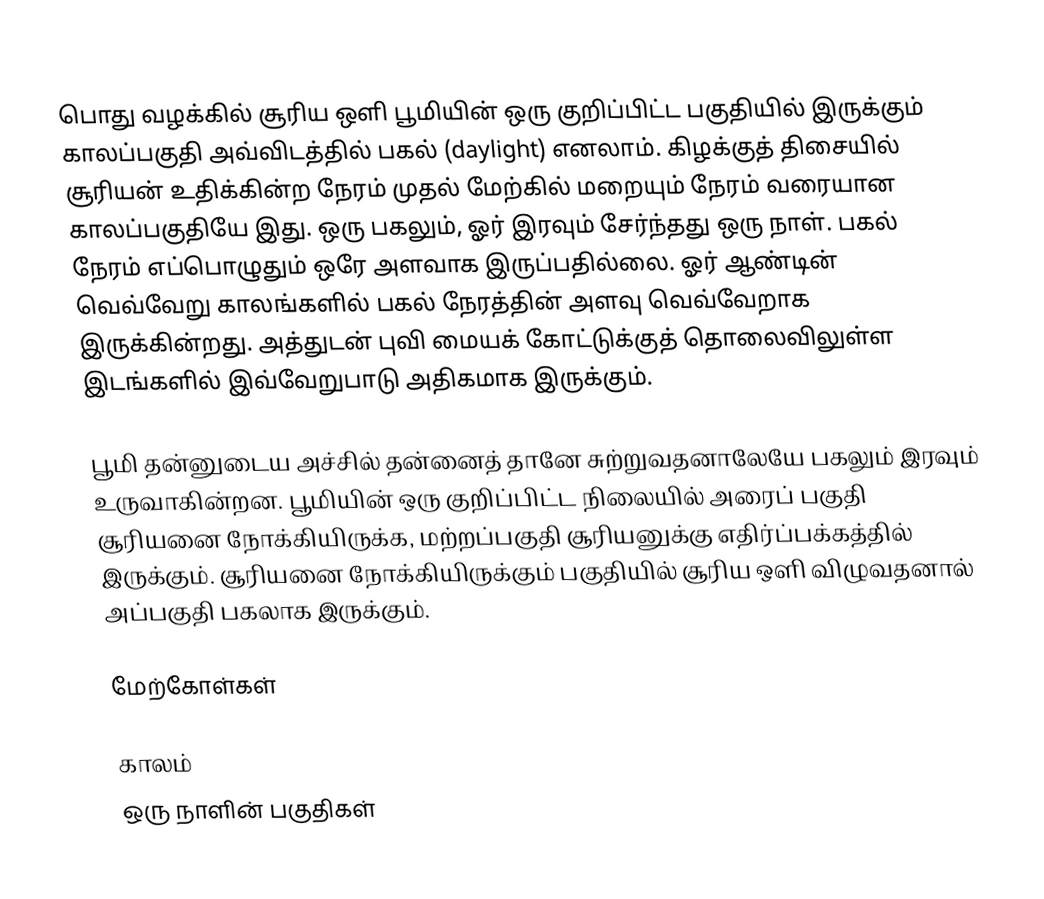
பொது வழக்கில் சூரிய ஒளி பூமியின் ஒரு குறிப்பிட்ட பகுதியில் இருக்கும் காலப்பகுதி அவ்விடத்தில் பகல் (daylight) எனலாம். கிழக்குத் திசையில் சூரியன் உதிக்கின்ற நேரம் முதல் மேற்கில் மறையும் நேரம் வரையான காலப்பகுதியே இது. ஒரு பகலும், ஓர் இரவும் சேர்ந்தது ஒரு நாள். பகல் நேரம் எப்பொழுதும் ஒரே அளவாக இருப்பதில்லை. ஓர் ஆண்டின் வெவ்வேறு காலங்களில் பகல் நேரத்தின் அளவு வெவ்வேறாக இருக்கின்றது. அத்துடன் புவி மையக் கோட்டுக்குத் தொலைவிலுள்ள இடங்களில் இவ்வேறுபாடு அதிகமாக இருக்கும்.

பூமி தன்னுடைய அச்சில் தன்னைத் தானே சுற்றுவதனாலேயே பகலும் இரவும் உருவாகின்றன. பூமியின் ஒரு குறிப்பிட்ட நிலையில் அரைப் பகுதி சூரியனை நோக்கியிருக்க, மற்றப்பகுதி சூரியனுக்கு எதிர்ப்பக்கத்தில் இருக்கும். சூரியனை நோக்கியிருக்கும் பகுதியில் சூரிய ஒளி விழுவதனால் அப்பகுதி பகலாக இருக்கும்.

மேற்கோள்கள்

காலம்
ஒரு நாளின் பகுதிகள்